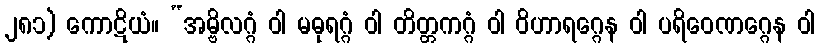
၂၈၁) ကောဋိယံ။ “အမ္ဗိလဂ္ဂံ ဝါ မဓုရဂ္ဂံ ဝါ တိတ္တကဂ္ဂံ ဝါ ဝိဟာရဂ္ဂေန ဝါ ပရိဝေဏဂ္ဂေန ဝါ